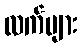
လက်များ